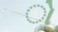
ો